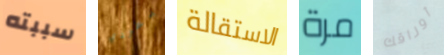
سببته بطردي الاستقالة مرة أوراقك